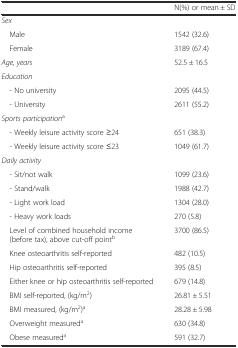
<table><thead><tr><td>[EMPTY_CELL]</td><td><b>N(%) or mean ± SD</b></td></tr></thead><tbody><tr><td><i>Sex</i></td><td>[EMPTY_CELL]</td></tr><tr><td> Male</td><td>1542 (32.6)</td></tr><tr><td> Female</td><td>3189 (67.4)</td></tr><tr><td><i>Age, years</i></td><td>52.5 ± 16.5</td></tr><tr><td colspan="2"><i>Education</i></td></tr><tr><td> - No university</td><td>2095 (44.5)</td></tr><tr><td> - University</td><td>2611 (55.2)</td></tr><tr><td colspan="2"><i>Sports participation</i><sup>a</sup></td></tr><tr><td> - Weekly leisure activity score ≥24</td><td>651 (38.3)</td></tr><tr><td> - Weekly leisure activity score ≤23</td><td>1049 (61.7)</td></tr><tr><td colspan="2"><i>Daily activity</i></td></tr><tr><td> - Sit/not walk</td><td>1099 (23.6)</td></tr><tr><td> - Stand/walk</td><td>1988 (42.7)</td></tr><tr><td> - Light work load</td><td>1304 (28.0)</td></tr><tr><td> - Heavy work loads</td><td>270 (5.8)</td></tr><tr><td> Level of combined household income (before tax), above cut-off point<sup>b</sup></td><td>3700 (86.5)</td></tr><tr><td> Knee osteoarthritis self-reported</td><td>482 (10.5)</td></tr><tr><td> Hip osteoarthritis self-reported</td><td>395 (8.5)</td></tr><tr><td> Either knee or hip osteoarthritis self-reported</td><td>679 (14.8)</td></tr><tr><td> BMI self-reported, (kg/m<sup>2</sup>)</td><td>26.81 ± 5.51</td></tr><tr><td> BMI measured, (kg/m<sup>2</sup>)<sup>a</sup></td><td>28.28 ± 5.98</td></tr><tr><td> Overweight measured<sup>a</sup></td><td>630 (34.8)</td></tr><tr><td> Obese measured<sup>a</sup></td><td>591 (32.7)</td></tr></tbody></table>